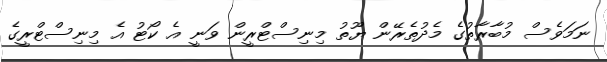
ނަމަވެސް މުބާރާތުގެ މެދުތެރޭން ޔޫތު މިނިސްޓްރީން ވަނީ އެ ކޯޓު އެ މިނިސްޓްރީގެ